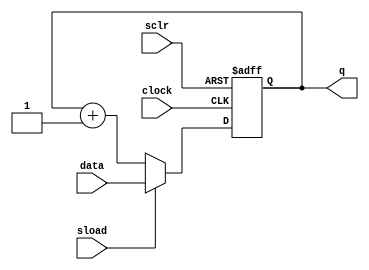
// lpm_counter_ud.v
   
   module lpm_counter_ud (clock, sclr, sload, data, q); 
   
   parameter lpm_width = 8; //default width = 8
   parameter lpm_direction = "UP"; // up count by default
   
   input clock, sclr, sload; 
   input [lpm_width-1:0] data;
   output [lpm_width-1:0] q; 
   reg [lpm_width-1:0] tmp; 
     always @(posedge clock or posedge sclr) 
       begin 
         if (sclr) tmp <= 0;
       else if (sload)
         tmp <= data; 
       else if (lpm_direction == "UP") 
         tmp <= tmp + 1'b1; 
       else tmp <= tmp - 1'b1; 
       end 
   assign q = tmp; 
   endmodule